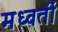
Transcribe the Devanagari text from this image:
मध्वर्ती